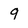
Character: 9